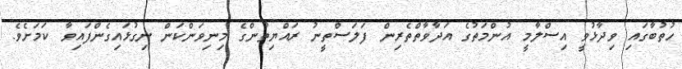
ހުތުބާގައި ވިދާޅުވީ އިސްލާމީ އުންމަތުގެ އަދާވާތްތެރިން ފަލަސްތީނު ރައްޔިތުންގެ މިނިވަންކަން ނިގުޅައިގެންފައިވާ ކަމަށެވެ.